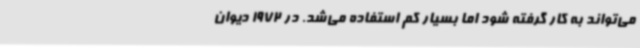
می‌تواند به کار گرفته شود اما بسیار کم استفاده می‌شد. در 1972 دیوان